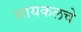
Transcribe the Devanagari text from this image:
सायकलचे